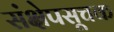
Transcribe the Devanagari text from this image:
संक्षेपसूचक